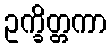
ဥက္ခိတ္တကာ